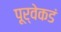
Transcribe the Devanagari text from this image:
पूर्वेकडं